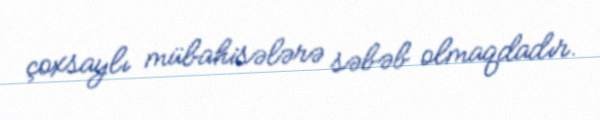
çoxsaylı mübahisələrə səbəb olmaqdadır.